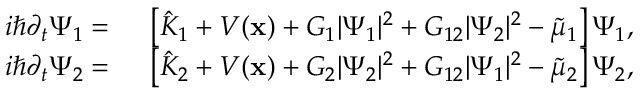
\begin{array} { r l } { i \hbar \partial _ { t } \Psi _ { 1 } = } & { { } \ \left[ { \hat { K } } _ { 1 } + V ( \mathbf { x } ) + G _ { 1 } | \Psi _ { 1 } | ^ { 2 } + G _ { 1 2 } | \Psi _ { 2 } | ^ { 2 } - { \tilde { \mu } _ { 1 } } \right] \Psi _ { 1 } , } \\ { i \hbar \partial _ { t } \Psi _ { 2 } = } & { { } \ \left[ { \hat { K } } _ { 2 } + V ( \mathbf { x } ) + G _ { 2 } | \Psi _ { 2 } | ^ { 2 } + G _ { 1 2 } | \Psi _ { 1 } | ^ { 2 } - { \tilde { \mu } _ { 2 } } \right] \Psi _ { 2 } , } \end{array}